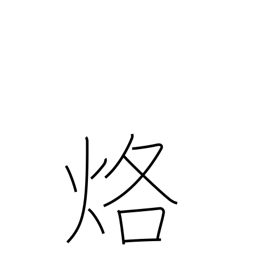
Meaning: burn